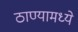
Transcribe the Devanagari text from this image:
ठाण्यामध्ये